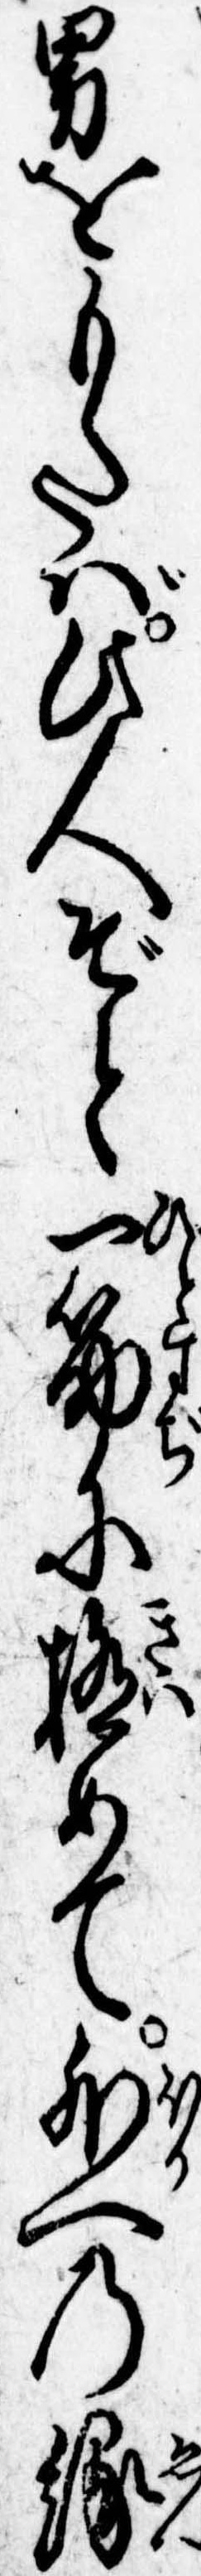
男をもたば此人ぞと一筋に極めて外への縁